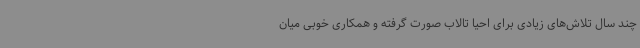
چند سال تلاش‌های زیادی برای احیا تالاب صورت گرفته و همکاری خوبی میان